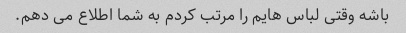
باشه وقتی لباس هایم را مرتب کردم به شما اطلاع می دهم.